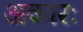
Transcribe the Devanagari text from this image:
अकारः